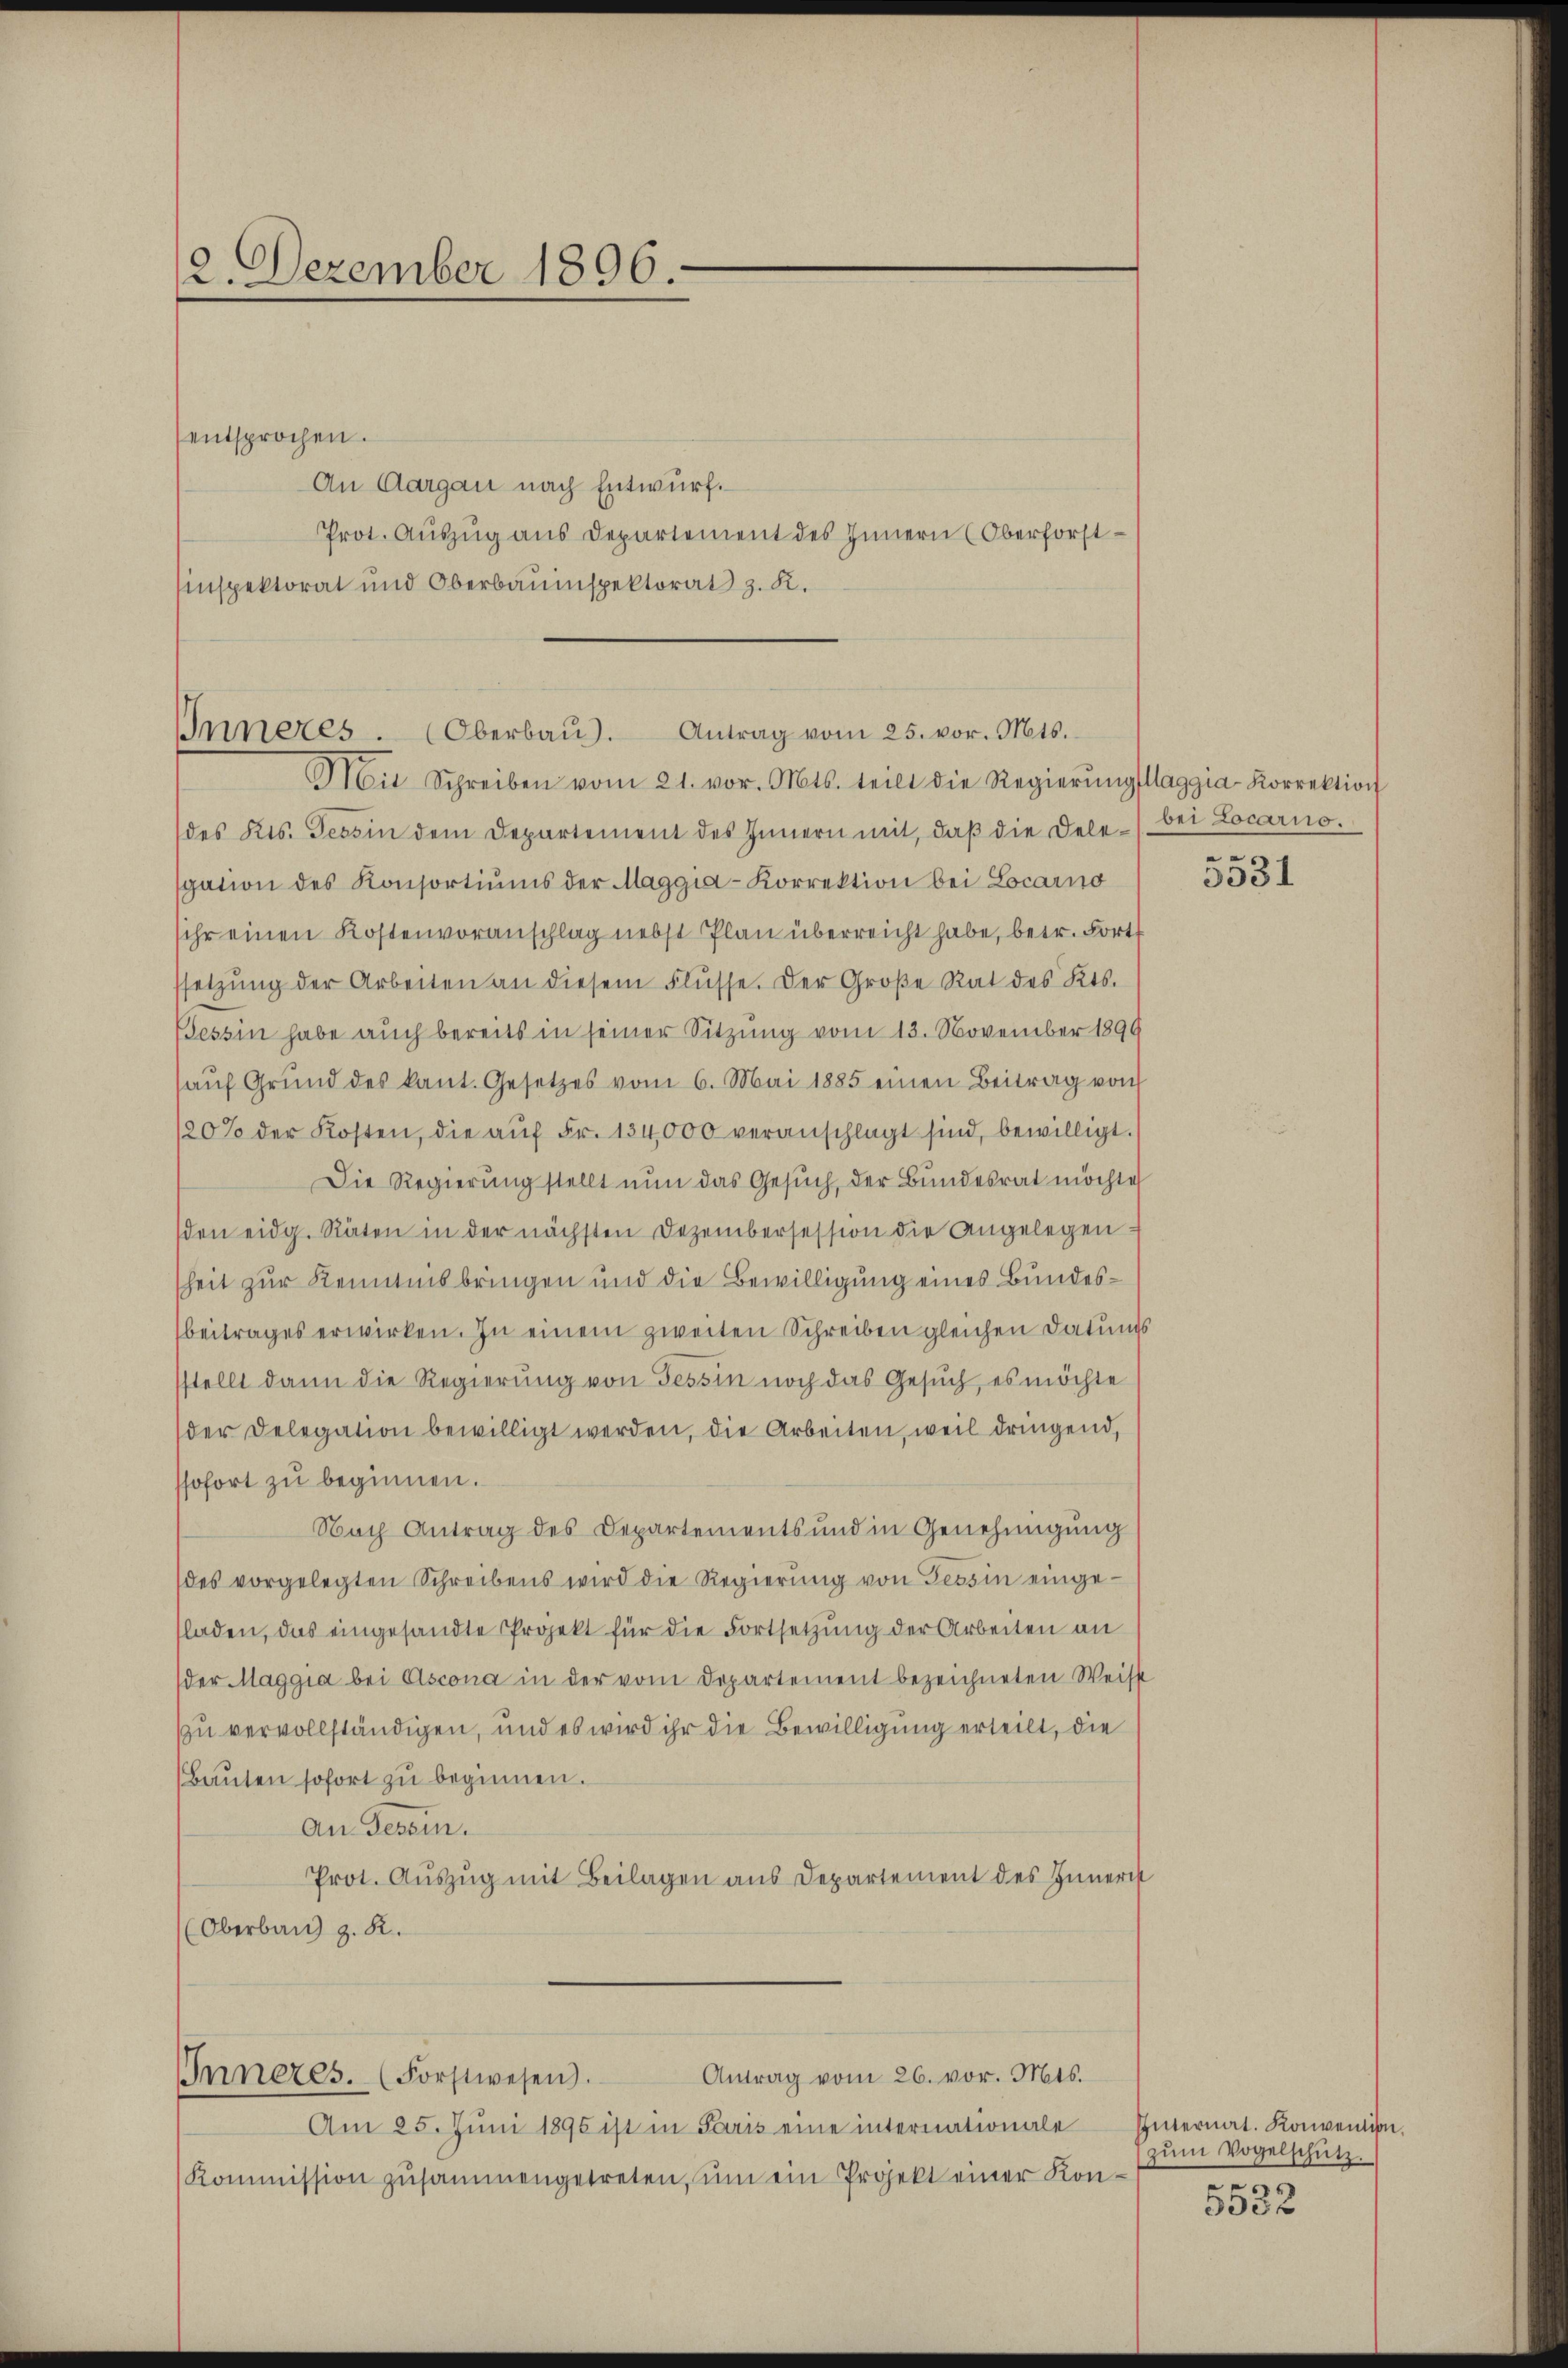
12. Dezember 1896.

des Kts. Tessin dem Departement des Innern mit, daβ die dele bei Locarno.
gation des Konsortiums der Maggia-Korrektion bei Locarno
sihr einen Kostenvoranschlag nebst Plan überreicht habe, betr. Fort
setzŭng der Arbeiten an diesem Flüsse. Der Große Rat des Kts.
Tessin habe auch bereits in seiner Sitzung vom 13. November 1899
haŭf Grŭnd des kant. Gesetzes vom 6. Mai 1885 einen Beitrag von
120% der Kosten, die aŭf Fr. 134,000 veranschlagt sind, bewilligt.
Die Regierung stellt nun das Gesŭch, der Bundesrat möchte
sden eidg. Räten in der nächsten Dezembersession die Angelegen
heit zur Kenntnis bringen und die Bewilligung eines Bundesbeitrages erwirken. In einem zweiten Schreiben gleichen Datums
stellt dann die Regierung von Tessin noch das Gesuch, es möchte
der Delegation bewilligt werden, die Arbeiten, weil dringend,
ssofort zu beginnen.
Nach Antrag des Departements und in Genehmigung
(des vorgelegten Schreibens wird die Regierŭng von Tessin eingefladen, das eingesandte Projekt für die Fortsetzŭng der Arbeiten an
der Maggia bei Ascona in der vom Departement bezeichneten Weise
zu vervollständigen, und es wird ihr die Bewilligung erteilt, die
Baŭten sofort zŭ beginnen.
An Tessin.
Prot. Aŭszŭg mit Beilagen aus Departement des Innern
(Oberband z. B.

Inneres. (Oberbaŭ. Antrag vom 25. vor. Mts.
Mit Schreiben vom 21. vor. Mts. teilt die Regierŭngslaggia-Korrektion

entsprochen.
An Aargau nach Entwurf.
Prot. Auszug aus Departement des Innern (Oberforst¬
Einspektorat und Oberbauinspektorat z. R.

Antrag vom 26. vor. Mts.
Inneres. (Forstwesen.

Am 25. Juni 1895 ist in Paris eine internationale
Kommission zŭsammengetreten, ŭm ein Projekt einer Kon-

e

3351

Internat. Konvention.
zŭm Vogelschütz.
u

5332